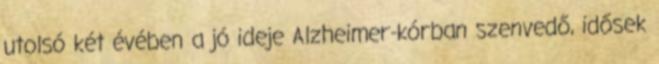
utolsó két évében a jó ideje Alzheimer-kórban szenvedő, idősek